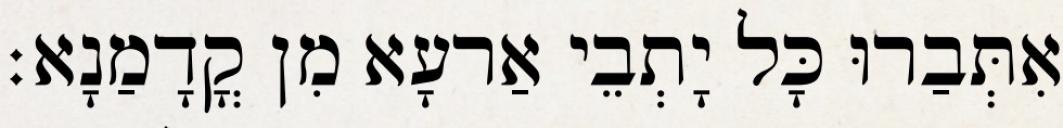
אִתְּבַרוּ כָּל יָתְבֵי אַרעָא מִן קֳדָמַנָא׃